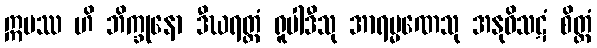
ဣမဿ ဟိ ဘိက္ခုနော ဒီဃရတ္တံ ရူပါဒီသု အာရမ္မဏေသု အနုဝိသဋံ စိတ္တံ